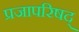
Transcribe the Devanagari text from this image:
प्रजापरिषद्